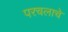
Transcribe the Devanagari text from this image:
परचलाचे